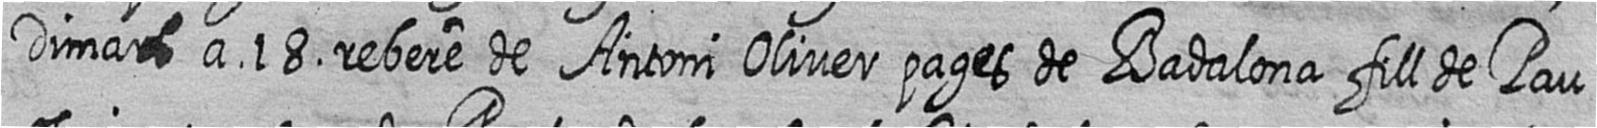
Dimars a 18 rebere de Antoni Oliver pages de Badalona fill de Pau